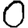
Digit: 0